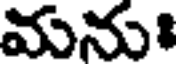
మనుః